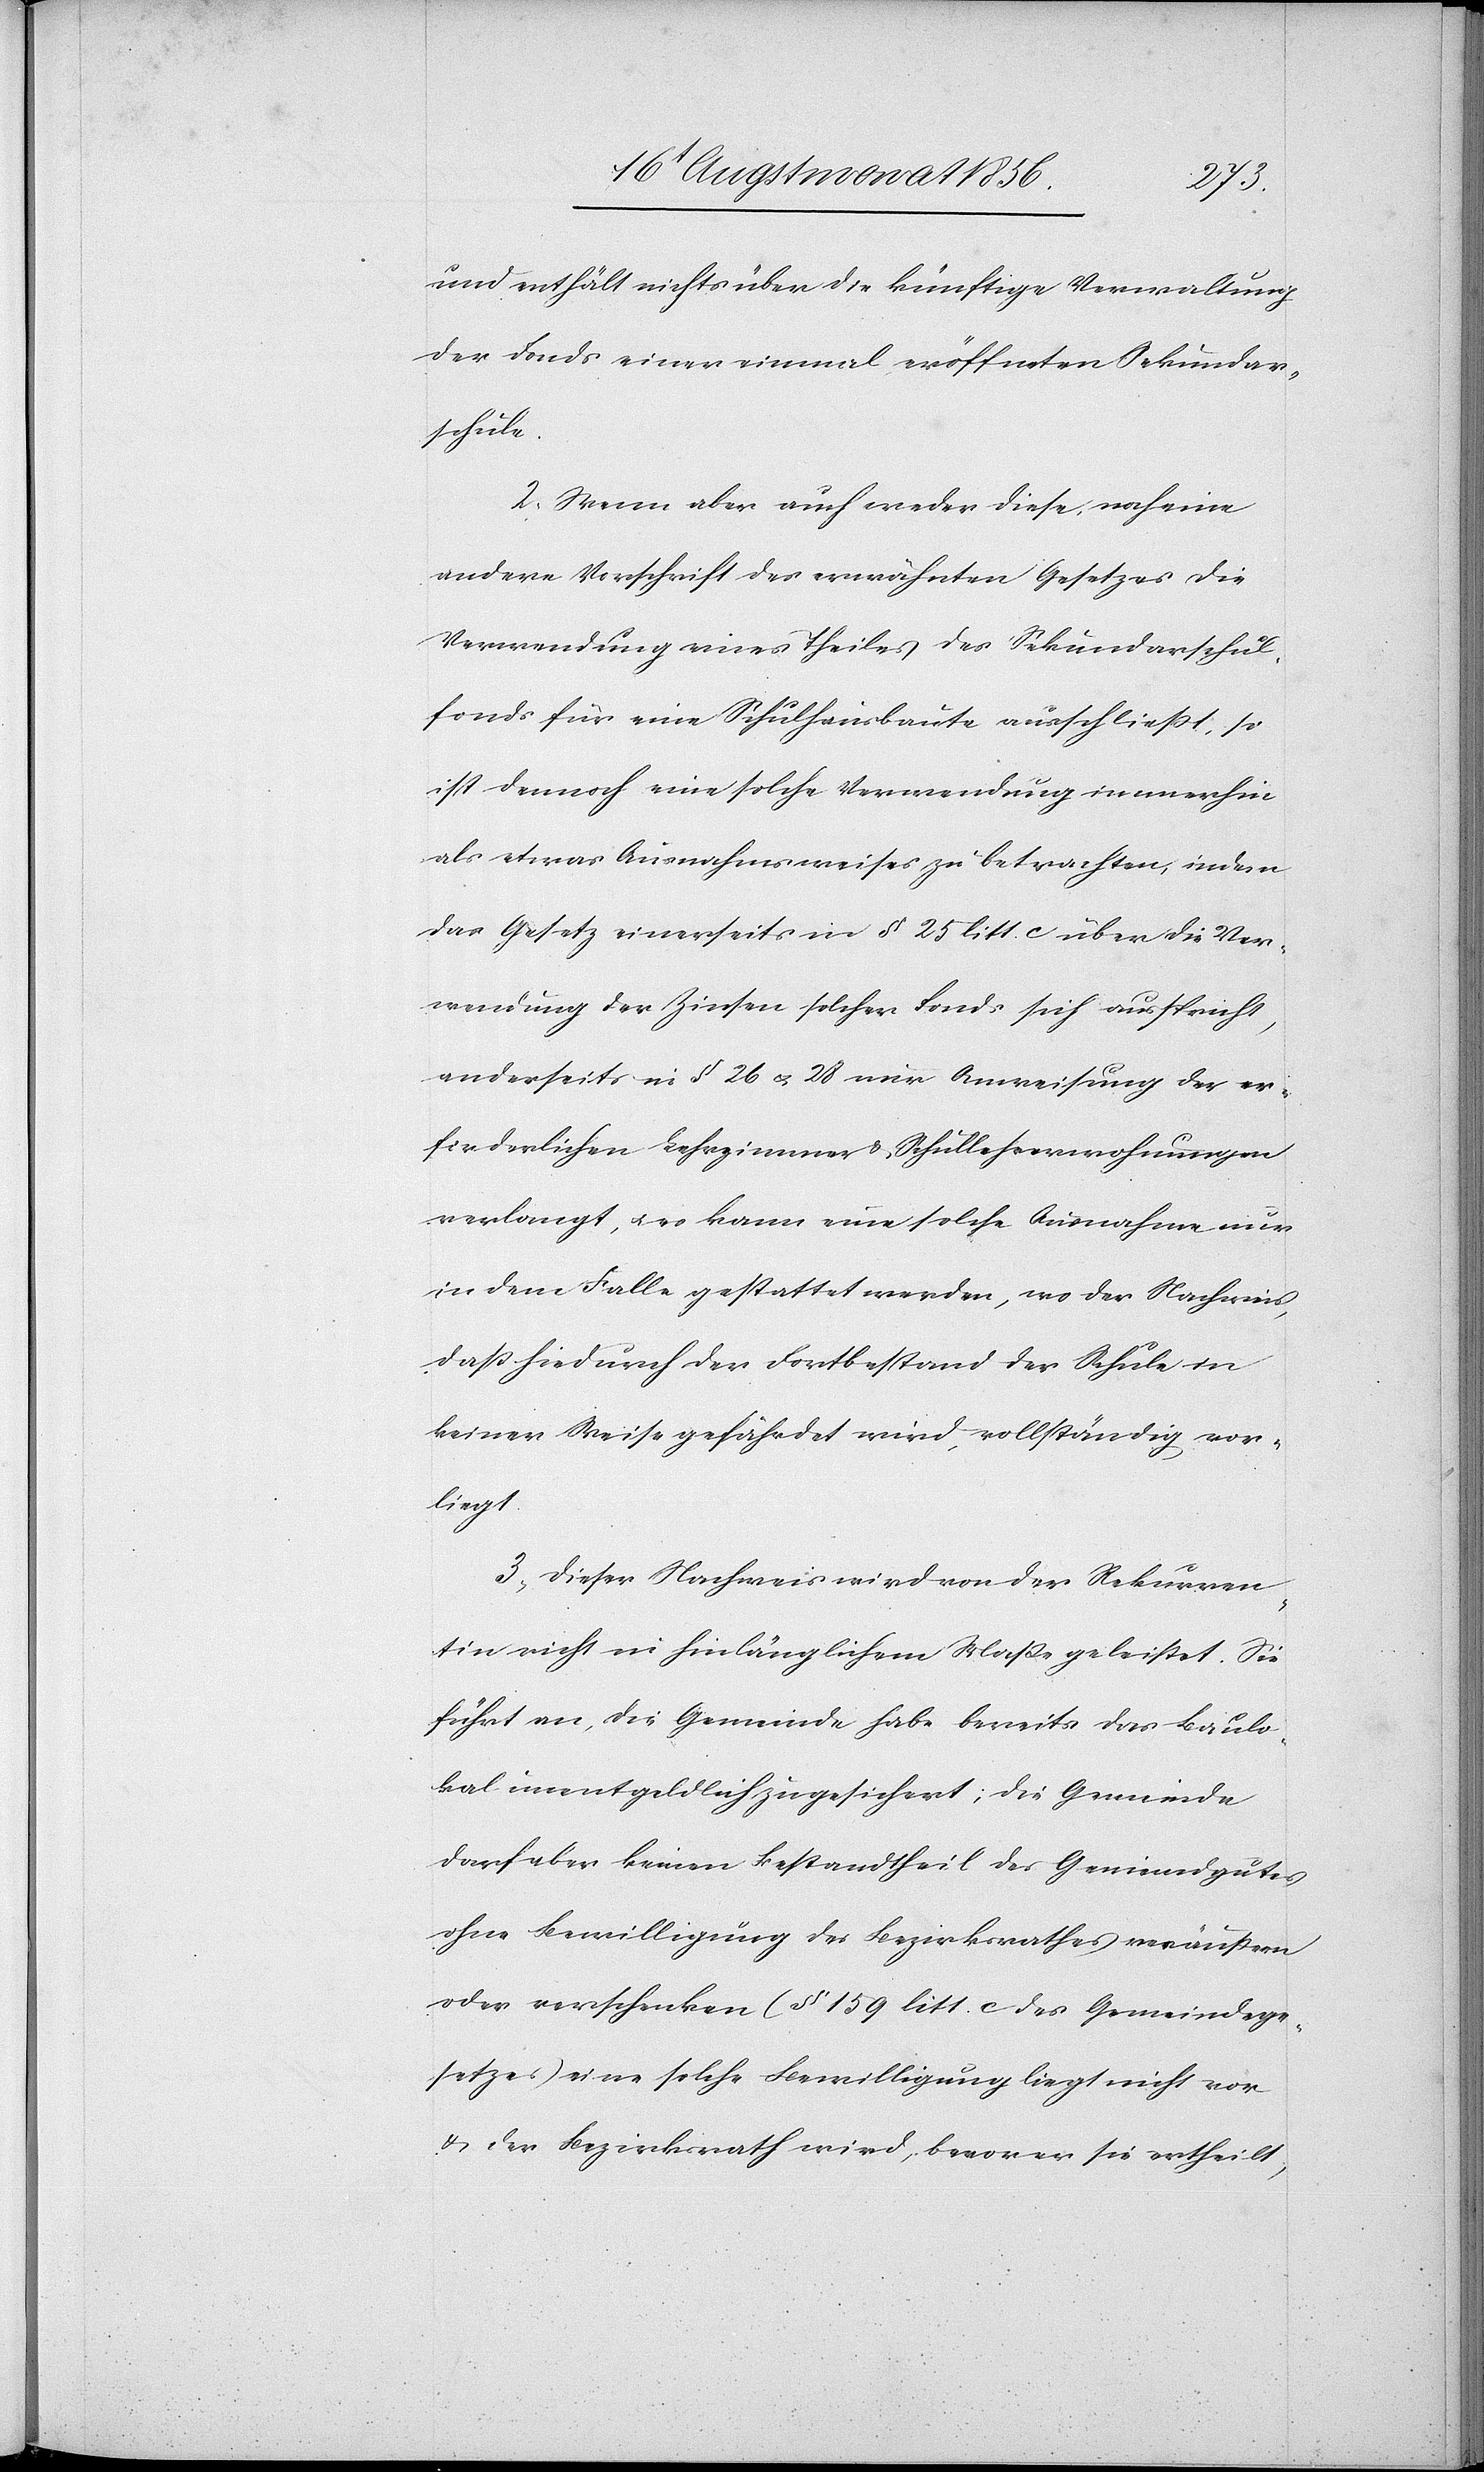
und enthält nichts über die künftige Verwaltung
der Fonds einer einmal eröffneten Sekundar¬
schule.
2.) Wenn aber auch weder diese noch eine
andere Vorschrift des erwähnten Gesetzes die
Verwendung eines Theiles des Sekundarschul¬
fonds für eine Schulhausbaute ausschliesst, so
ist dennoch eine solche Verwendung immerhin
als etwas Ausnahmsweises zu betrachten, indem
das Gesetz einerseits in § 25 litt. c. über die Ver¬
wendung der Zinsen solcher Fonds sich ausspricht,
anderseits in § 26 u. 28 nur Anweisung der er¬
forderlichen Lehrzimmer & Schullehrerwohnungen
verlangt, u. es kann eine solche Ausnahme nur
in dem Falle gestattet werden, wo der Nachweis,
dass hiedurch der Fortbestand der Schule in
keiner Weise gefährdet wird, vollständig vor¬
liegt.
3.) Dieser Nachweis wird von der Rekurren¬
tin nicht in hinlänglichem Masse geleistet. Sie
führt an, die Gemeinde habe bereits das Baulo¬
kal unentgeldlich zugesichert; die Gemeinde
darf aber keinen Bestandtheil des Gemeindgutes
ohne Bewilligung des Bezirksrathes veräussern
oder verschenken (§ 159 litt. c des Gemeindege¬
setzes) eine solche Bewilligung liegt nicht vor
& der Bezirksrath wird, bevor er sie ertheilt,